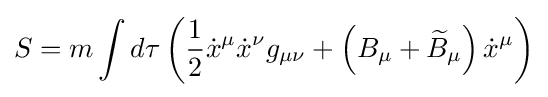
S=m\int d\tau \left({\frac {1}{2}}{\dot {x}}^{\mu }{\dot {x}}^{\nu }g_{\mu \nu }+\left(B_{\mu }+{\widetilde {B}}_{\mu }\right){\dot {x}}^{\mu }\right)